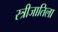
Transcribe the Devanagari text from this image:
स्त्रीजातिला